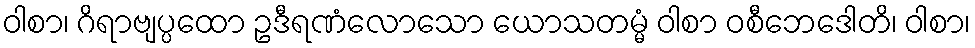
ဝါစာ၊ ဂိရာဗျပ္ပထော ဥဒီရဏံလောသော ယောသတမ္မံ ဝါစာ ဝစီဘေဒေါတိ၊ ဝါစာ၊